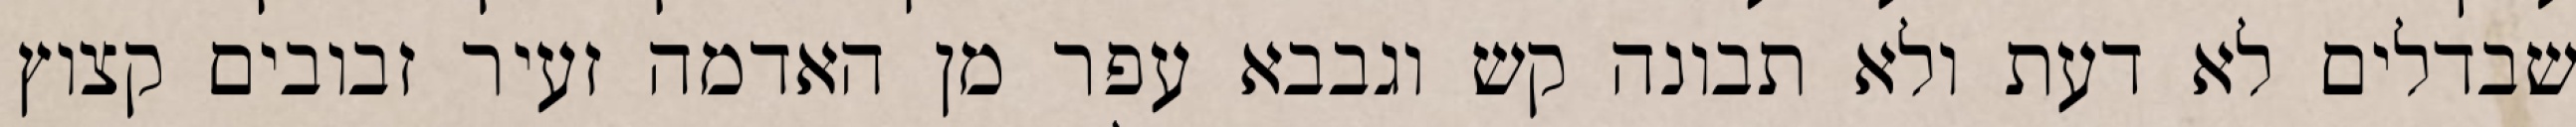
שבדלים לא דעת ולא תבונה קש וגבבא עפר מן האדמה זעיר זבובים קצוץ